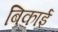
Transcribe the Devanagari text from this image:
बिकाई